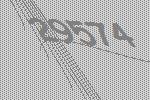
29574